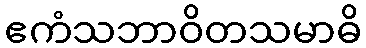
ဧကံသဘာဝိတသမာဓိ